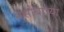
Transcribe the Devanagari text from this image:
नसोबाच्या